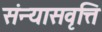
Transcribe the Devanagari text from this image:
संन्यासवृत्ति